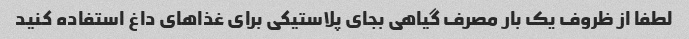
لطفا از ظروف یک بار مصرف گیاهی بجای پلاستیکی برای غذاهای داغ استفاده کنید